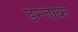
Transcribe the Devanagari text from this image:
डन्जाक